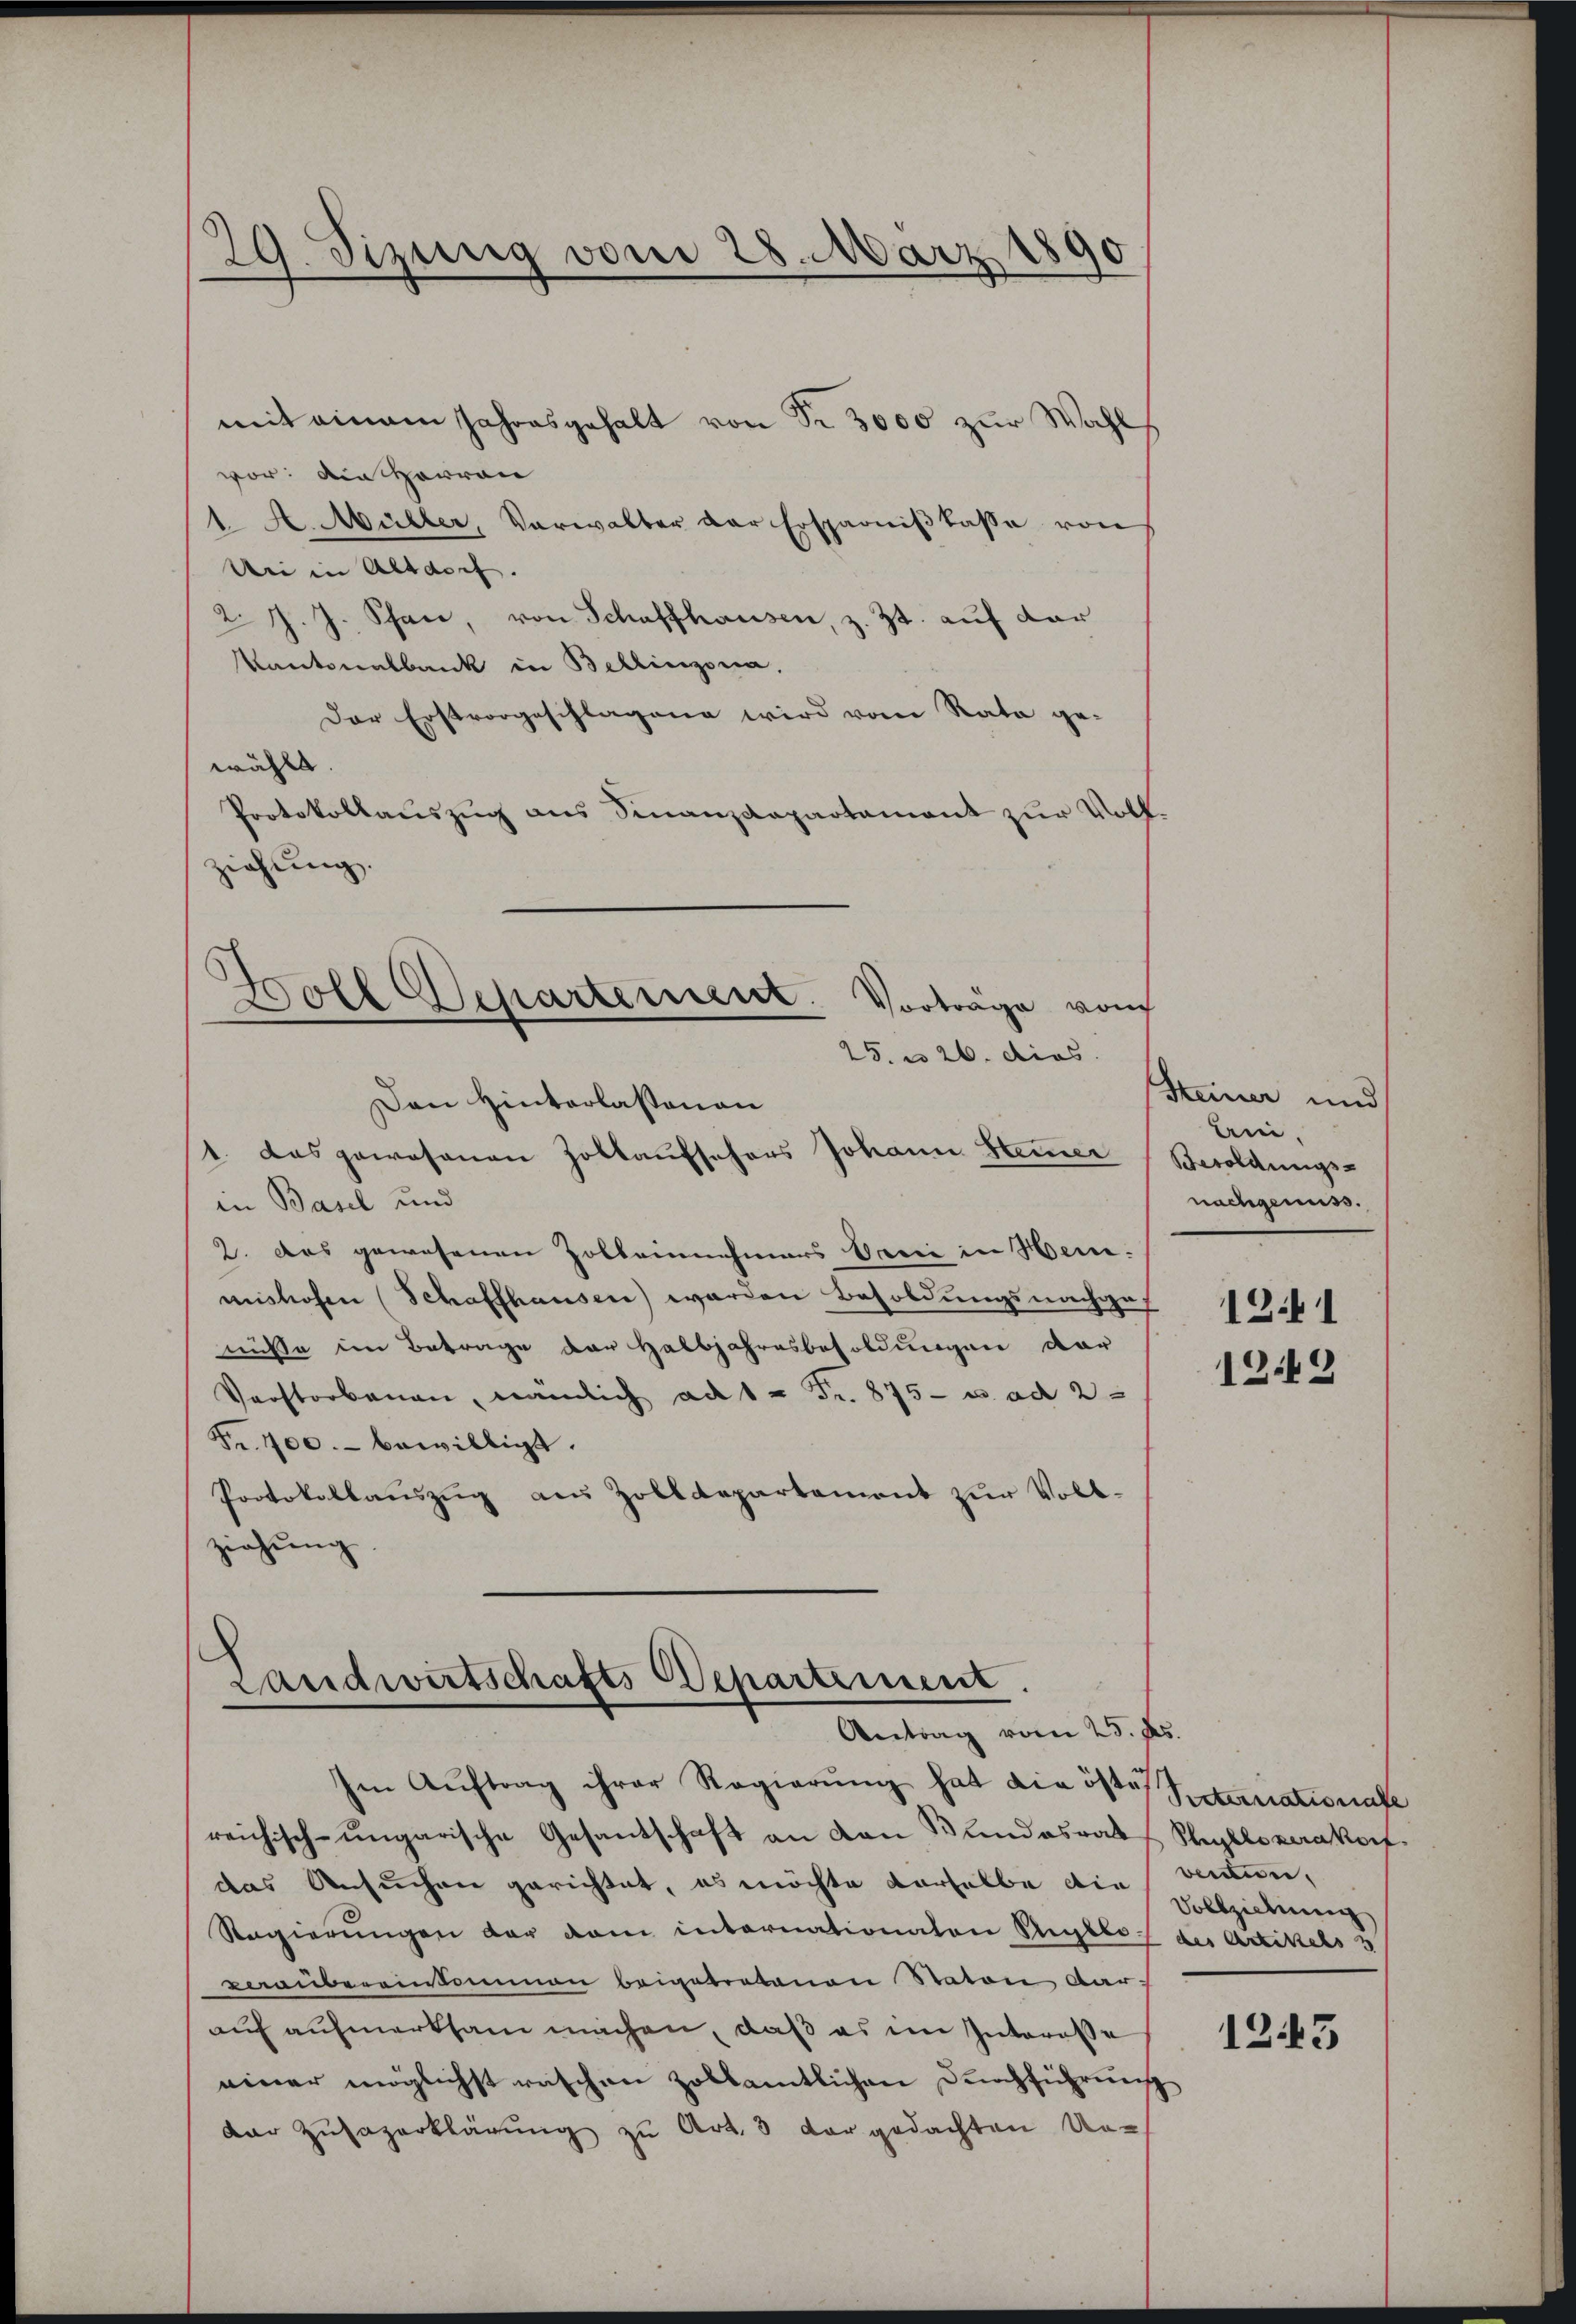
¬
29. Sizung vom 28. März
d

mit einem Jahresgehalt von Fr. 3000 zur Wahl
vor: Ain Herren
1. A. Müller, Verwalter der Ersparniβ lasse von
Uri in Altdorf.
2 J. J. Schan, von Schaffhausen, z. Zt. auf dar
Kantonalbank in Bellinzona,
Der Erstvorgeschlagung wird vom Rata ge-
wählt.
Protokollauszug aus Finanzdepartament zur Voll
ziehung.
Boll Departement. Vorträge von
25 n 26. dies
Den Hinterlassenen
1. Das gewesenen Zollaufschers Johann Heiner
in Basel und
2. das gewesenen Zolleinnehmers berie in Heinmishofen (Schaffhausen) werden Besoldungsnachges 191
nüsse im Betrage der Halbjahresbesoldungen dar
Verstorbenen, nämlich ad 1. Fr. 875 u. ad 2.
Fr. 400.- bewilligt.
Protokollaŭszŭg aŭ Zolldepartement zŭr Vollziehŭng.

Landwirtschafts Departement.
Antrag vom 25. Js.

Im Aŭftrag ihrer Regierŭng hat die öste Peternationale
reichisch-ungarische Gesantschaft an den Bundesrat Shybloverakorf.
das Ansuchen gerichtet, es möchte derselbe die ventin,
Regierungen der dem internationaten Angebot des Artikels 3
veraubereinsammen beigetretenen Staton Aarauf aufmerksam machen, daß es im Interesse
einer möglichst raschen zollamtlichen Durchführung
der Zulagerklärung zu Art. 3 der gedachten Un¬

Steiner und
Ani.
Besoldungs-
nachgenuss.

1242

Vollziehung

1243